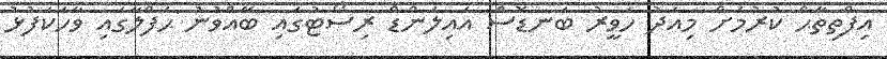
އިފްތިތާޙް ކުރުމަށް މިއަދު ހަވީރު ބަނޑޮސް އައިލަންޑް ރިސޯޓުގައި ބޭއްވުނު ޙަފްލާގައި ވާހަކަފުޅު